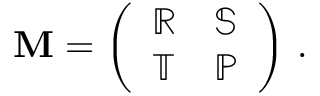
\mathbf { M } = \left( \begin{array} { l l } { \mathbb { R } } & { \mathbb { S } } \\ { \mathbb { T } } & { \mathbb { P } } \end{array} \right) \, .